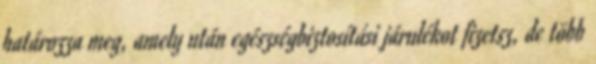
határozza meg, amely után egészségbiztosítási járulékot fizetsz, de több